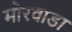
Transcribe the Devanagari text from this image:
मोरवाडा